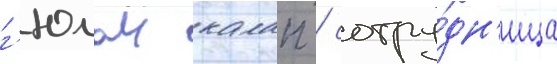
г'юлаи калап / сотру́дн'ица